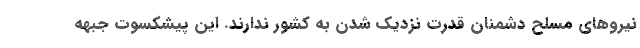
نیروهای مسلح دشمنان قدرت نزدیک شدن به کشور ندارند. این پیشکسوت جبهه